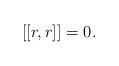
LaTeX: \begin{align*}[[r,r]]=0.\end{align*}